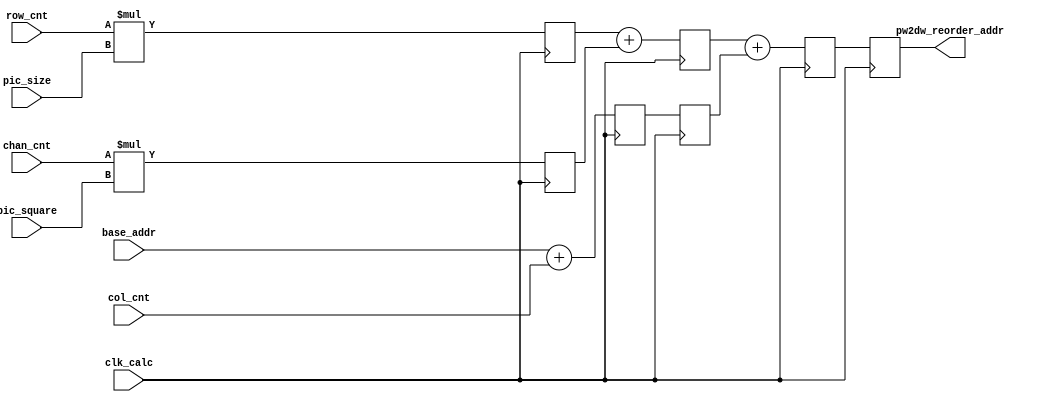
module pw2dw_reorder_addr_gen(
    input                   clk_calc            ,
            
    input [25:0]            base_addr           ,
    input [ 7:0]            pic_size            ,
    input [15:0]            pic_square          ,
            
    input [ 6:0]            col_cnt             ,
    input [ 6:0]            row_cnt             ,
    input [10:0]            chan_cnt            ,
    
    output reg [25:0]       pw2dw_reorder_addr  
);

//DWPW2DWburst
//pw2dw_reorder_addr = col_cnt                                      +
//                     row_cnt*pic_size                             +
//                     chan_cnt*pic_size_square                     +
//                     base_addr

//
reg [12:0]                  Row_MulPic      ;
reg [25:0]                  Base_AddCol     ; 
reg [25:0]                  Chan_MulPic2    ;     

always @ (posedge clk_calc) begin 
    Row_MulPic   <= row_cnt * pic_size;
    Base_AddCol  <= base_addr + col_cnt;
    Chan_MulPic2 <= chan_cnt * pic_square;
end

//
reg [25:0]                  Row_MulPic_AddChan_MulPic2;
reg [25:0]                  Base_AddCol_r;

always @ (posedge clk_calc) begin 
    Row_MulPic_AddChan_MulPic2 <= Row_MulPic + Chan_MulPic2;
    Base_AddCol_r              <= Base_AddCol;
end

//
reg [25:0]                  pw2dw_reorder_addr_add_1;

always @ (posedge clk_calc) begin
    pw2dw_reorder_addr_add_1 <= Row_MulPic_AddChan_MulPic2 + Base_AddCol_r;
end

//
always @ (posedge clk_calc) begin 
    pw2dw_reorder_addr <= pw2dw_reorder_addr_add_1;
end


endmodule